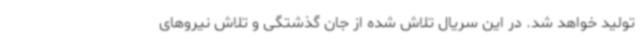
تولید خواهد شد. در این سریال تلاش شده از جان گذشتگی و تلاش نیروهای